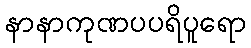
နာနာကုဏပပရိပူရော